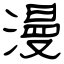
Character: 漫